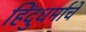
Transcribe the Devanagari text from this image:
हिंदुधर्माचे